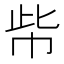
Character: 㠿